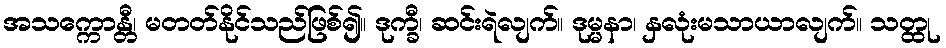
အသက္ကောန္တီ၊ မတတ်နိုင်သည်ဖြစ်၍။ ဒုက္ခီ၊ ဆင်းရဲလျက်။ ဒုမ္မနာ၊ နှလုံးမသာယာလျက်။ သတ္ထု